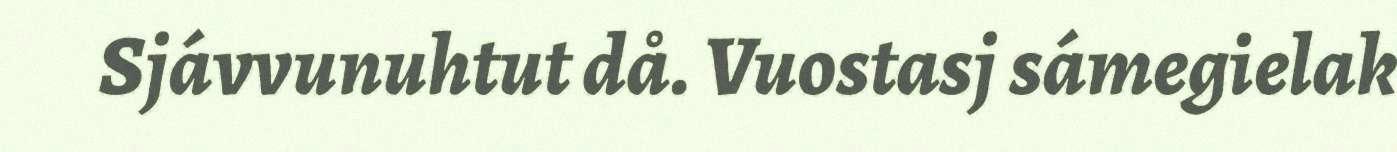
Sjávvunuhtut då. Vuostasj sámegielak